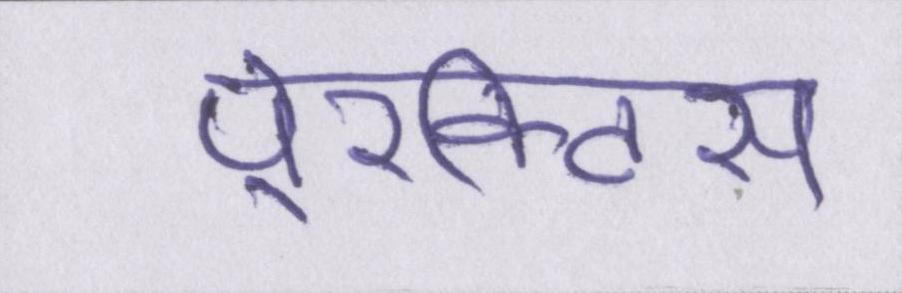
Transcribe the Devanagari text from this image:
पे्रक्टिस